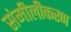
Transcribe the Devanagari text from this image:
संमीलीकरण